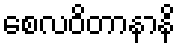
စေလဝိတာနာနိ